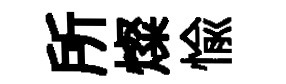
所燦愉